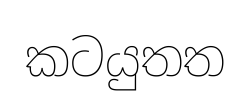
කටයුතත